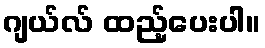
ဂျယ်လ် ထည့်ပေးပါ။